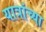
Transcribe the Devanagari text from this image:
यात्रांच्या